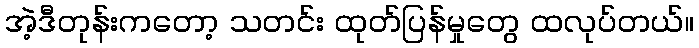
အဲ့ဒီတုန်းကတော့ သတင်း ထုတ်ပြန်မှုတွေ ထလုပ်တယ်။